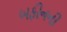
બફીનની